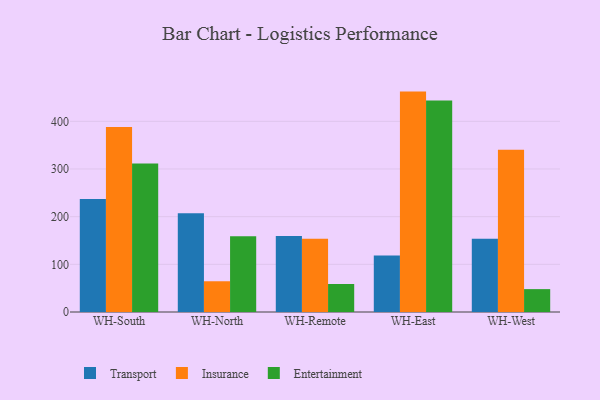
{"axis": {"x": "Warehouse", "y": "Waste Production (Tons)"}, "legend": ["Entertainment", "Insurance", "Transport"], "data": [{"x": "WH-South", "y": 237.0, "type": "Transport"}, {"x": "WH-South", "y": 388.1, "type": "Insurance"}, {"x": "WH-South", "y": 311.6, "type": "Entertainment"}, {"x": "WH-North", "y": 207.0, "type": "Transport"}, {"x": "WH-North", "y": 64.5, "type": "Insurance"}, {"x": "WH-North", "y": 158.9, "type": "Entertainment"}, {"x": "WH-Remote", "y": 159.3, "type": "Transport"}, {"x": "WH-Remote", "y": 153.6, "type": "Insurance"}, {"x": "WH-Remote", "y": 58.8, "type": "Entertainment"}, {"x": "WH-East", "y": 118.6, "type": "Transport"}, {"x": "WH-East", "y": 462.4, "type": "Insurance"}, {"x": "WH-East", "y": 443.9, "type": "Entertainment"}, {"x": "WH-West", "y": 153.6, "type": "Transport"}, {"x": "WH-West", "y": 340.3, "type": "Insurance"}, {"x": "WH-West", "y": 48.0, "type": "Entertainment"}]}